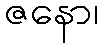
ဇနော၊